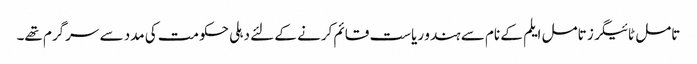
تامل ٹائیگرز تامل ایلم کے نام سے ہندو ریاست قائم کرنے کے لئے دہلی حکومت کی مدد سے سرگرم تھے۔